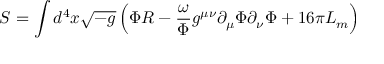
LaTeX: S = \int d ^ { 4 } x \sqrt { - g } \left( \Phi R - \frac { \omega } { \Phi } g ^ { \mu \nu } \partial _ { \mu } \Phi \partial _ { \nu } \Phi + 1 6 \pi { \cal L } _ { m } \right)